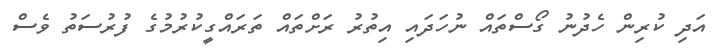
އަދި ކުރިން ހެދުނު ގޯސްތައް ނުހަދައި އިތުރު ރަށްތައް ތަރައްގީކުރުމުގެ ފުރުސަތު ވެސް